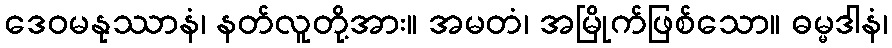
ဒေဝမနုဿာနံ၊ နတ်လူတို့အား။ အမတံ၊ အမြိုက်ဖြစ်သော။ ဓမ္မဒါနံ၊